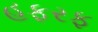
હફરફ